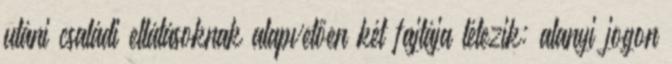
utáni családi ellátásoknak alapvetően két fajtája létezik: alanyi jogon